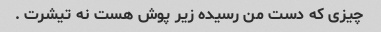
چیزی که دست من رسیده زیر پوش هست نه تیشرت .